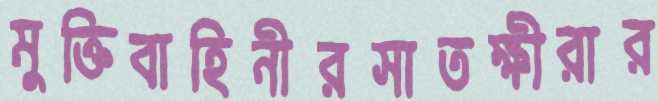
মুক্তিবাহিনীরসাতক্ষীরার